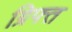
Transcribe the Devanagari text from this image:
ग्रिफ्त